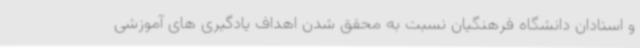
و استادان دانشگاه فرهنگیان نسبت به محقق شدن اهداف یادگیری های آموزشی